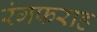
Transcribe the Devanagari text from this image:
रंगफराह